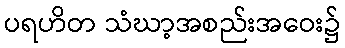
ပရဟိတ သံဃာ့အစည်းအဝေး၌